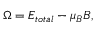
\Omega = E _ { t o t a l } - \mu _ { B } B ,